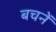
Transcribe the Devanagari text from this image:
बचनें